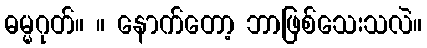
ဓမ္မဂုတ်။ ။ နောက်တော့ ဘာဖြစ်သေးသလဲ။